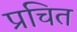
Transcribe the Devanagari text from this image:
प्रचित